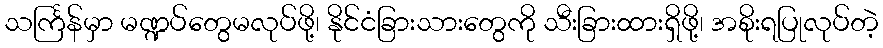
သင်္ကြန်မှာ မဏ္ဍပ်တွေမလုပ်ဖို့၊ နိုင်ငံခြားသားတွေကို သီးခြားထားရှိဖို့၊ အစိုးရပြုလုပ်တဲ့